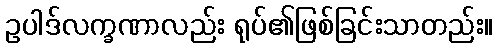
ဥပါဒ်လက္ခဏာလည်း ရုပ်၏ဖြစ်ခြင်းသာတည်း။